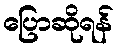
ပြောဆိုရန်